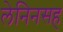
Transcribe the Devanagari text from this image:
लेनिनसह